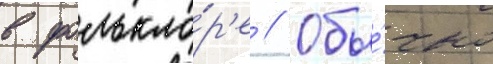
в фолькло́р'е // Обы́чно